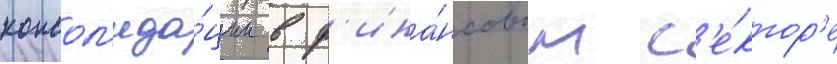
консол'ида́ции в ф'ина́нсовом с'е́ктор'е